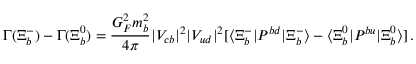
\Gamma ( \Xi _ { b } ^ { - } ) - \Gamma ( \Xi _ { b } ^ { 0 } ) = \frac { G _ { F } ^ { 2 } m _ { b } ^ { 2 } } { 4 \pi } | V _ { c b } | ^ { 2 } | V _ { u d } | ^ { 2 } [ \langle \Xi _ { b } ^ { - } | P ^ { b d } | \Xi _ { b } ^ { - } \rangle - \langle \Xi _ { b } ^ { 0 } | P ^ { b u } | \Xi _ { b } ^ { 0 } \rangle ] \, .